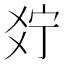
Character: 𤕞